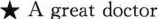
★A great doctor